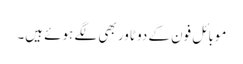
موبائل فون کے دو ٹاور بھی لگے ہوئے ہیں۔